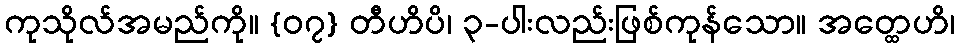
ကုသိုလ်အမည်ကို။ {၀၇} တီဟိပိ၊ ၃-ပါးလည်းဖြစ်ကုန်သော။ အတ္ထေဟိ၊